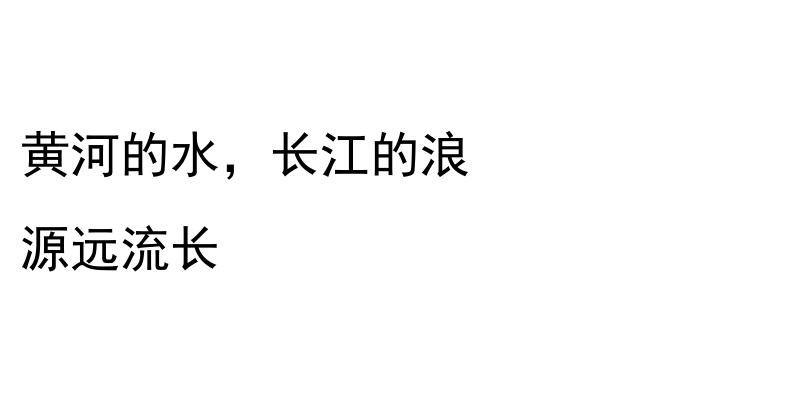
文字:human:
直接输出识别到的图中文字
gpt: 黄河的水，长江的浪 源远流长